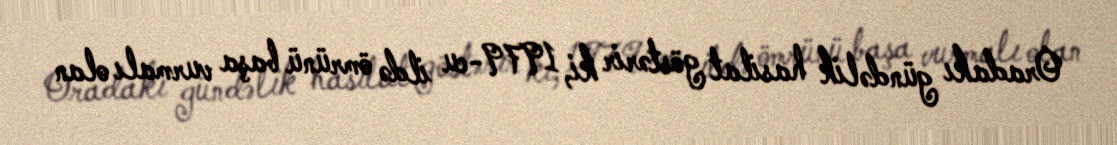
Oradakı gündəlik hasilat göstərir ki, 1979-cu ildə ömrünü başa vurmalı olan